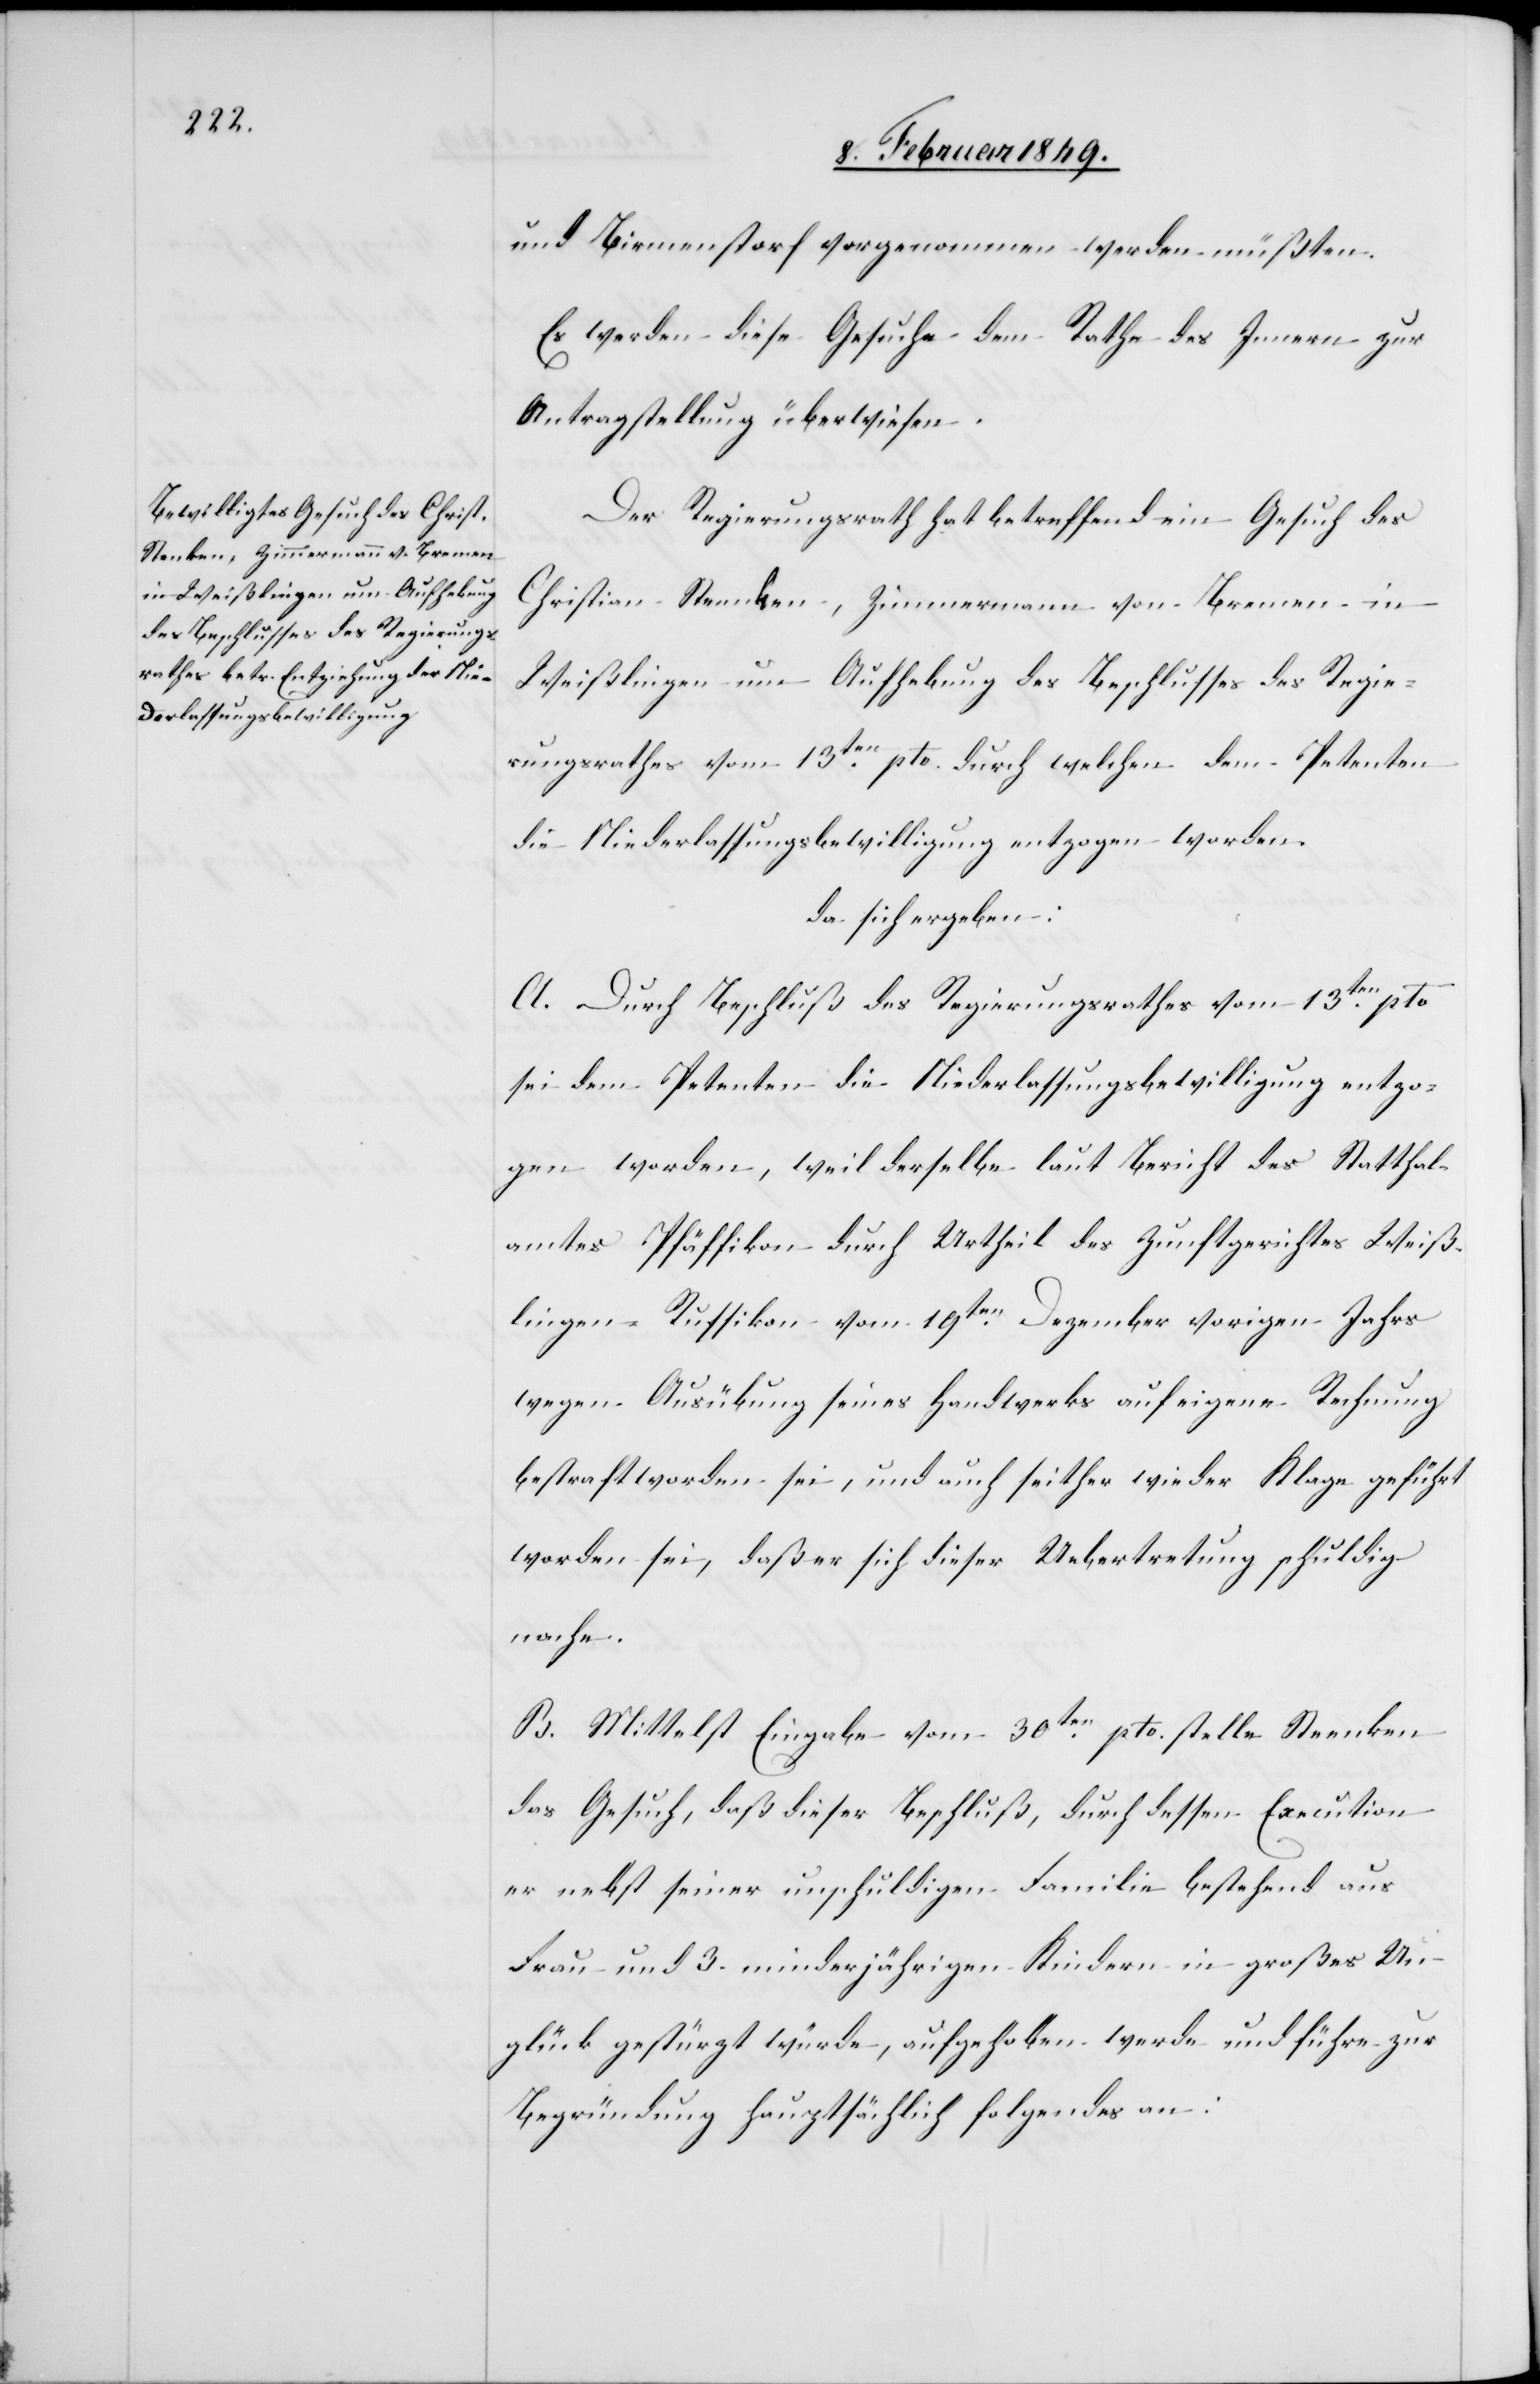
und Birmenstorf vorgenommen werden müßten.
Es werden diese Gesuche dem Rathe des Innern zur
Antragstellung überwiesen.
Der Regierungsrath hat betreffend ein Gesuch des
Christian Steenken [sic!], Zimmermann von Bremen in
Weißlingen um Aufhebung des Beschlusses des Regie¬
rungsrathes vom 13ten. pto. durch welchen dem Petenten
die Niederlassungsbewilligung entzogen worden.
da sich ergeben:
A. Durch Beschluß des Regierungsrathes vom 13ten. pto
sei dem Petenten die Niederlassungsbewilligung entzo¬
gen worden, weil derselbe laut Bericht des Statthalte¬
ramtes Pfäffikon durch Urtheil des Zunftgerichtes Weiß¬
lingen-Russikon vom 19ten. Dezember vorigen Jahrs
wegen Ausübung seines Handwerks auf eigene Rechnung
bestraft worden sei, und auch seither wieder Klage geführt
worden sei, daß er sich dieser Uebertretung schuldig
nache
B. Mittelst Eingabe vom 30ten. pto. stelle Steenken
das Gesuch, daß dieser Beschluß, durch dessen Execution
er nebst seiner unschuldigen Familie bestehend aus
Frau und 3. minderjährigen Kindern in großes Un¬
glück gestürzt würde, aufgehoben werde und führe zur
Begründung hauptsächlich folgendes an: